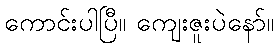
ကောင်းပါပြီ။ ကျေးဇူးပဲနော်။